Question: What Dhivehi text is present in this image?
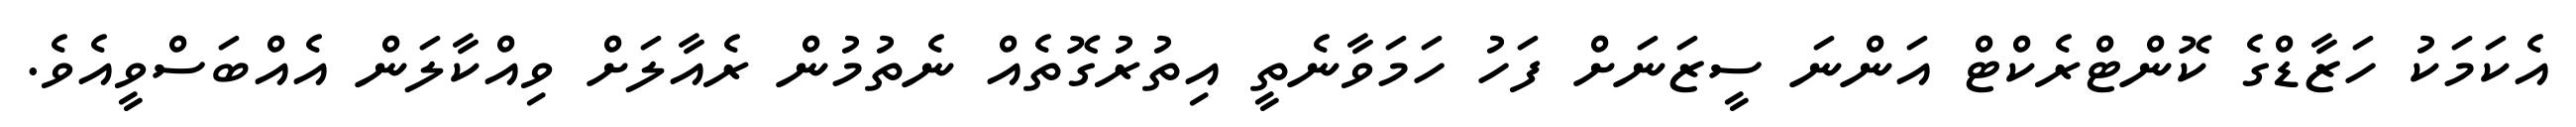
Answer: އެކަމަކު ހަޒާޑްގެ ކޮންޓްރެކްޓް އަންނަ ސީޒަނަށް ފަހު ހަމަވާނެތީ އިތުރުގޮތެއް ނެތުމުން ރެއާލަށް ވިއްކާލަން އެއްބަސްވީއެވެ.